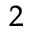
_ 2